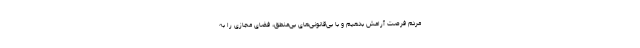
مردم فرصت آرامش بدهیم و با بی‌قانونی‌های بی‌منطق، فضای مجازی را به